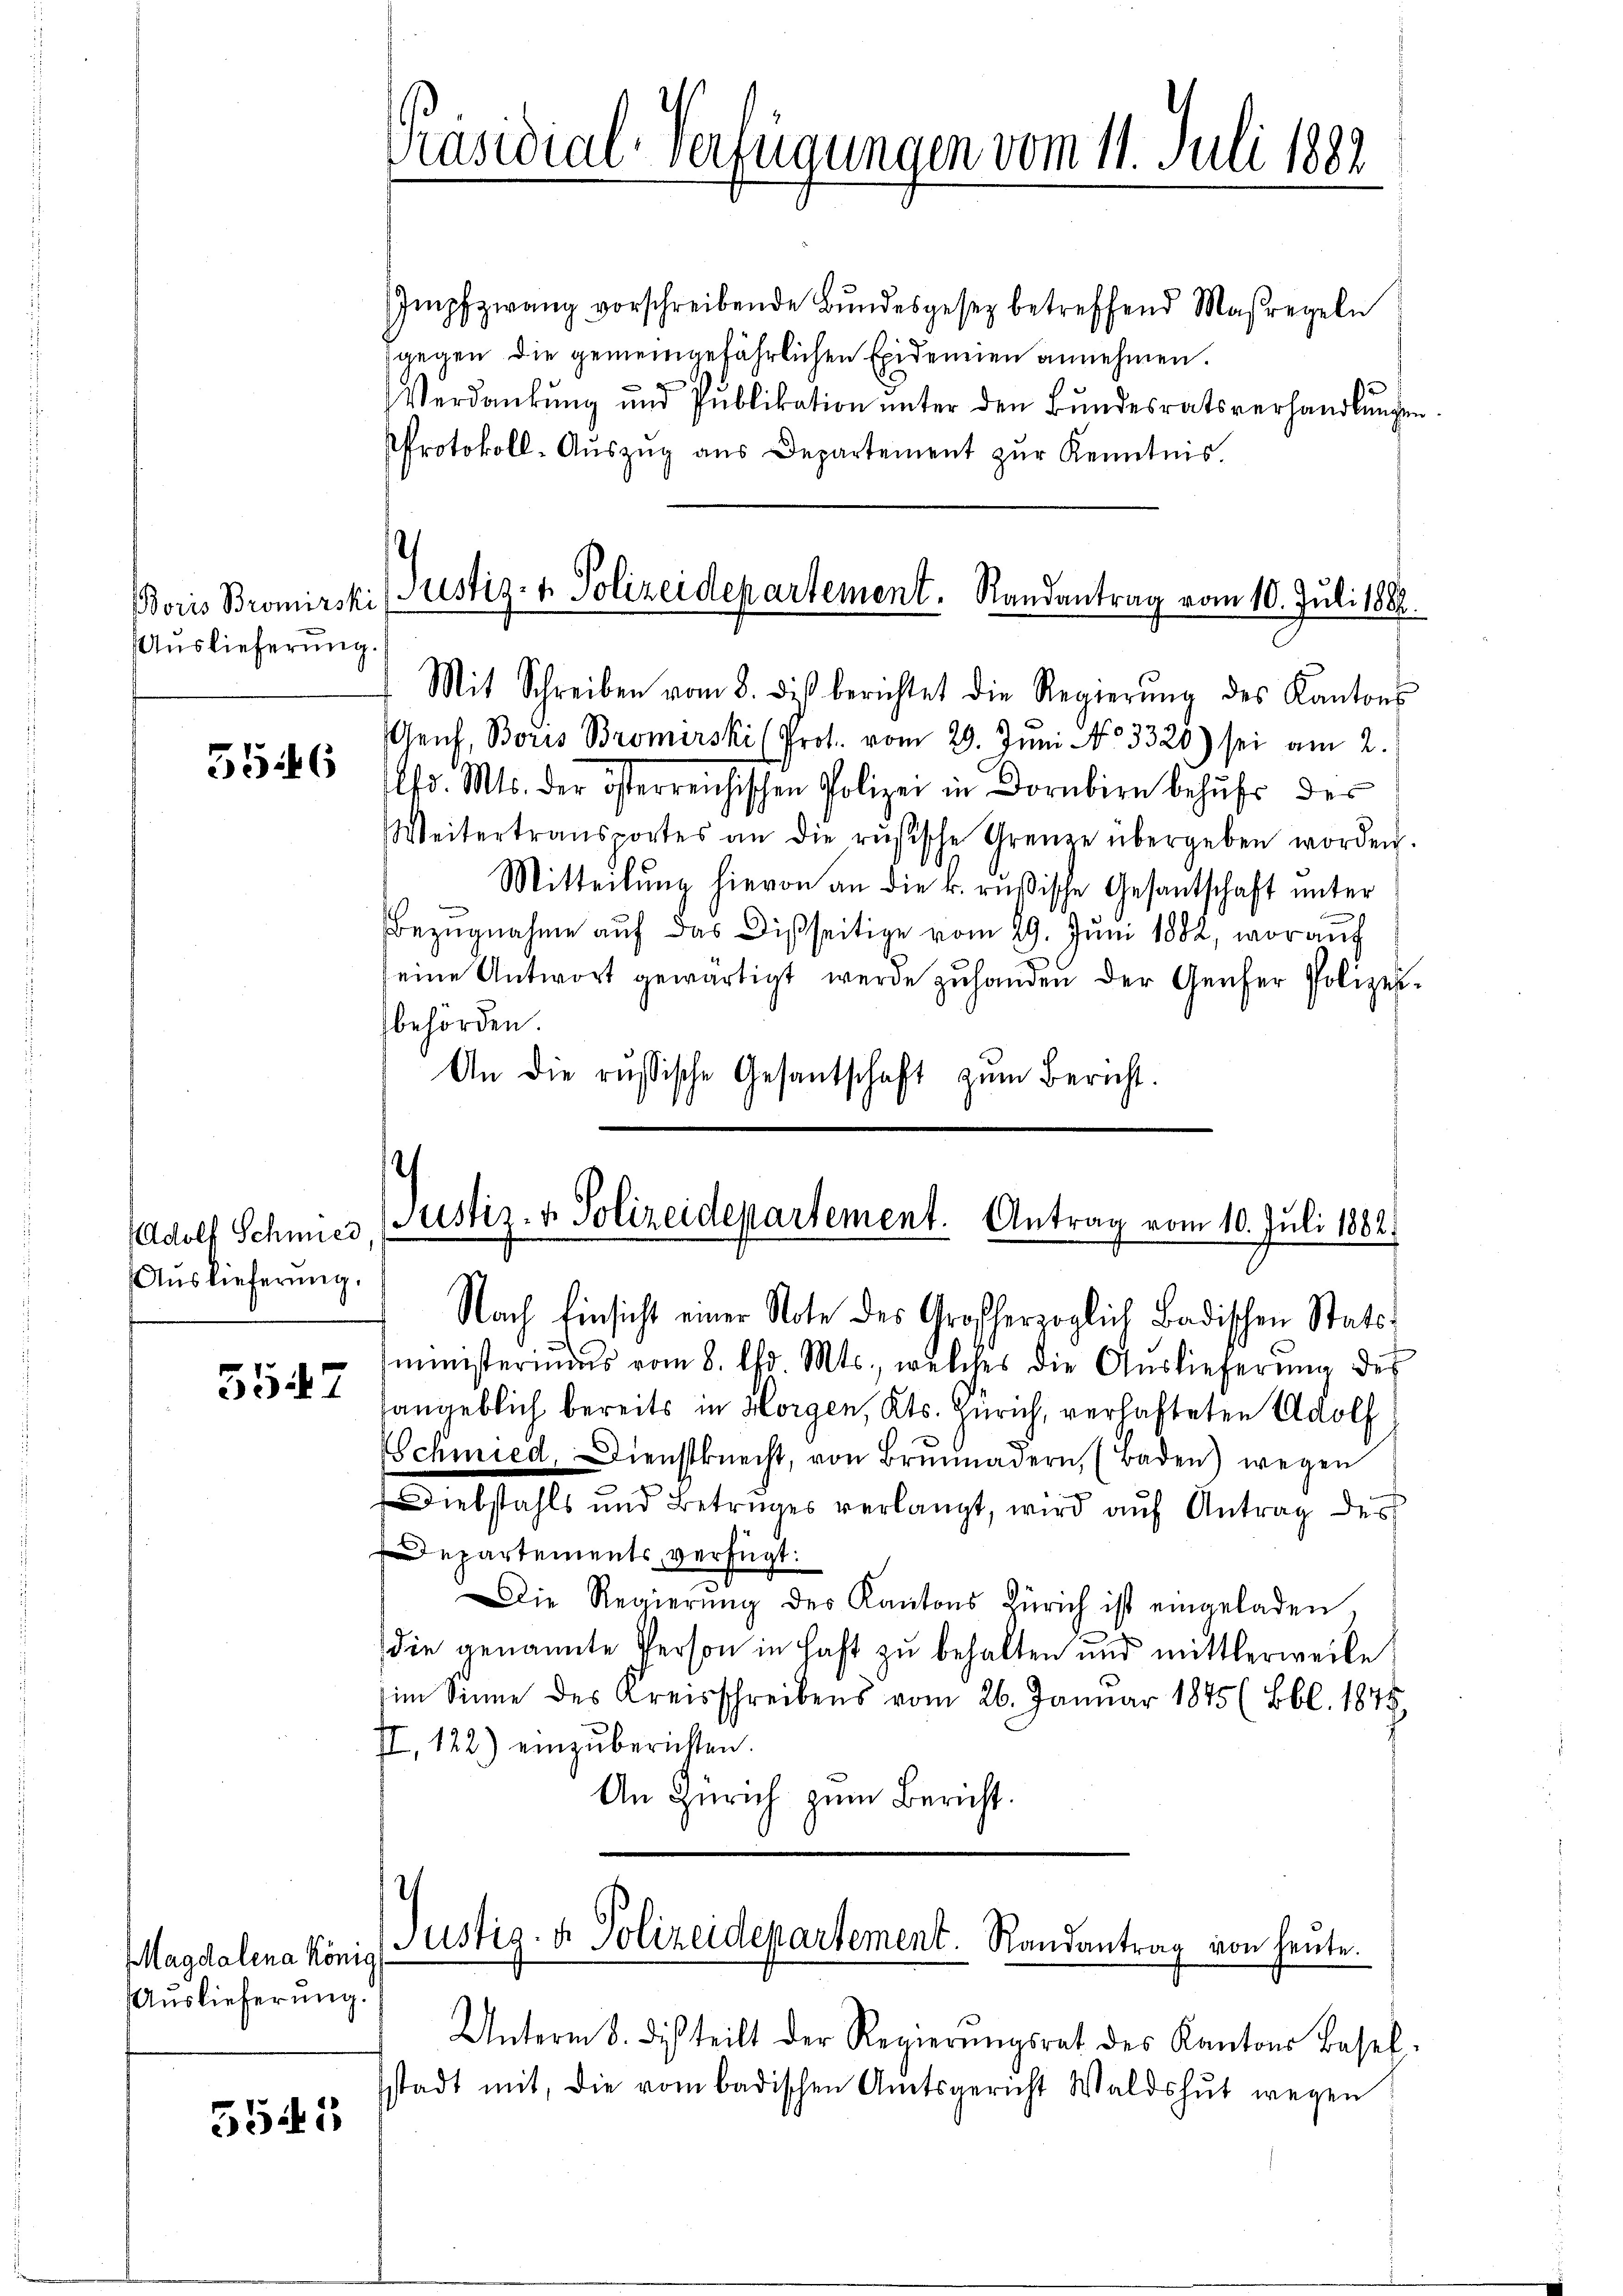
Boris Bronierski
Auslieferung

3546

5547

Magdalena König
Auslieferung.

5545

Impfzwang vorschreibende Bŭndesgesetz betreffend Maßregeln
gegen die gemeingefährlichen Exidemien annehmen.
Verdankung und Publikation unter den Bundesratsverhandlungen
Protokoll-Aŭszŭg ans Departement zŭr Kenntnis.
h

Adolf Schmied
Auslieferung.

Mit Schreiben vom 8. diβ berichtet die Regierŭng des Kantons
Genf, Boris Bromerski (Prot. vom 29. Juni NNo. 3320) sei am 2.
hr. Mts. der österreichischen Polizei in Dornbirn behufs des
Weitertransportes an die rŭsische Grenze übergeben worden.
Mitteilŭng hievon an die k. russische Gesantschaft unter
Bezugnahme auf das Disseitige vom 29. Juni 1882, worauf
eine Antwort gewärtigt werde zŭ handen der Genfer Polizeibehörden.
An die russische Gesantschaft zŭm Bericht.

Präsidial-Verfügungen vom 11. Juli 1882

Justiz- & Polizeidepartement. Randantrag vom 10. Juli 1882.

)
Justiz- & Polizeidepartement. Antrag vom 10. Juli 1882

Nach Einsicht einer Note des Großherzoglich Badischen Stattministerius vom 8. Uhr. Mts., welches die Auslieferung des
tangeblich bereits in Horgen, Kts. Zürich, verhafteten Adolf
Schmied, Dienstknecht, von Brŭnnadern, (Baden) wegen
Diebstahls und Betruges verlangt, wird aŭf Antrag des
Departements verfügt:
Die Regierŭng des Kantons Zürich ist eingeladen,
die genannte Person in Haft zu behalten und mittlerweile
im Sinne des Kreisschreibens vom 26. Januar 1875 (Bbl. 1875,
II, 122.) einzŭberuhten.
An Zürich zum Bericht.
h
Justig. u. Polizeidepartement. Randantrag von heute.
Unterm 8. des teilt der Regierungsrat des Kantons Basel-
stadt mit, die vom badischen Amtsgericht Waldshut wegen